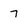
Character: 7